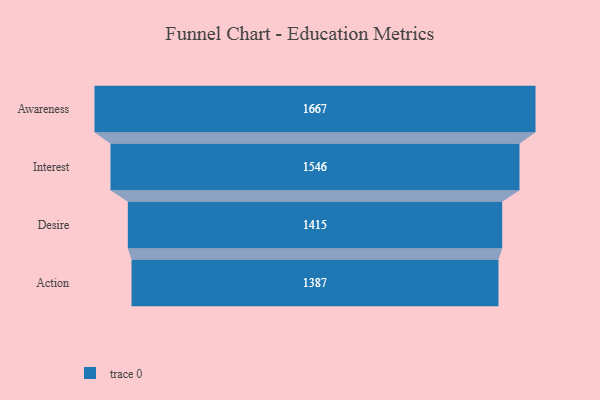
{"axis": {"x": "Stage", "y": "Value"}, "legend": [""], "data": [{"x": "Awareness", "y": 1667.0, "type": ""}, {"x": "Interest", "y": 1546.0, "type": ""}, {"x": "Desire", "y": 1415.0, "type": ""}, {"x": "Action", "y": 1387.0, "type": ""}]}